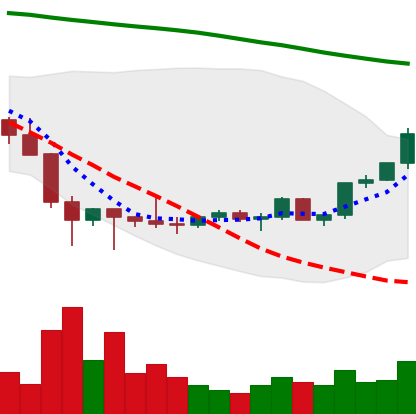
Ticker: LTC-USD
Chart end date: 2022-02-07
Forward return: -7.603%
Label: down_7plus